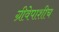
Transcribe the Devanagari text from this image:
ग्रीवेपाशीच